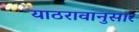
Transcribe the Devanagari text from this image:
याठरावानुसार